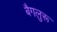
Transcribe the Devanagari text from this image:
बैगलुरू